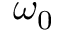
\omega _ { 0 }